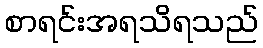
စာရင်းအရသိရသည်